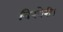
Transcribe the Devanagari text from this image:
बिखेरी।